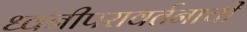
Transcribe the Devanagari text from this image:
ध्वनीपरावर्तनाची